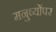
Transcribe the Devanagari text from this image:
मनुष्योंपर